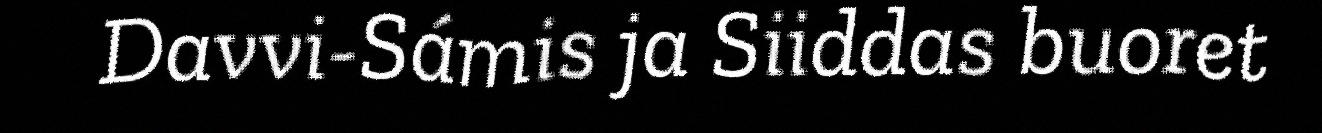
Davvi-Sámis ja Siiddas buoret